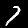
Digit: 7